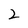
Character: 2